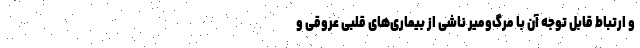
و ارتباط قابل توجه آن با مرگ‌ومیر ناشی از بیماری‌های قلبی عروقی و